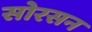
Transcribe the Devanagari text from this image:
सोरसन